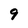
Character: 9